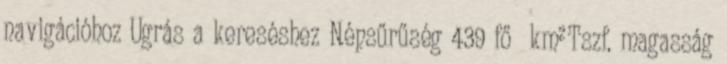
navigációhoz Ugrás a kereséshez Népsűrűség 439 fő km² Tszf. magasság